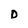
Character: D